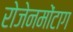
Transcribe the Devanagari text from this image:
रोजेनमोंटाग